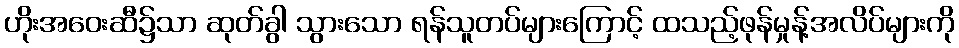
ဟိုးအဝေးဆီ၌သာ ဆုတ်ခွါ သွားသော ရန်သူတပ်များကြောင့် ထသည့်ဖုန်မှုန့်အလိပ်များကို